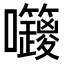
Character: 𡆅